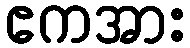
ဧကအား